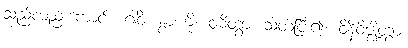
သည်လည်းကောင်း။ ဂါဝိံ၊ နွားကို။ ဝဓိတွာ၊ သတ်ပြီး၍။ ဝိနိဝိဇ္ဈိတွာ၊